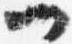
一